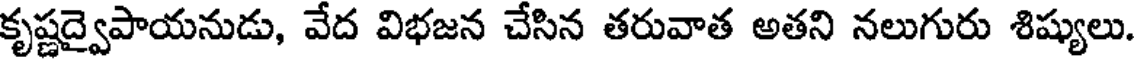
కృష్ణద్వైపాయనుడు, వేద విభజన చేసిన తరువాత అతని నలుగురు శిష్యులు.